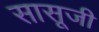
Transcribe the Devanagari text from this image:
सासूजी